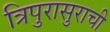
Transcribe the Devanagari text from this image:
त्रिपुरासुराची